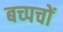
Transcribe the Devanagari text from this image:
बच्पचों